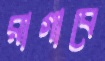
রাগাবে